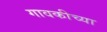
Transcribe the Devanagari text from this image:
गावकीच्या